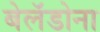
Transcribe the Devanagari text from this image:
बेलॅडोना